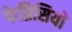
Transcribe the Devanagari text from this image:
फेब्रिसियो